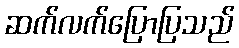
ဆက်လက်ပြောပြသည်